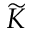
\widetilde { K }